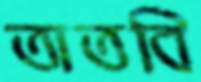
তাতবি